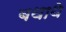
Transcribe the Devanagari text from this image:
बथाथे